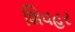
શિવહર